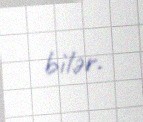
bilər.